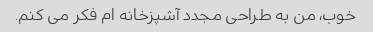
خوب، من به طراحی مجدد آشپزخانه ام فکر می کنم.